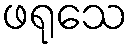
ဖရုသေ